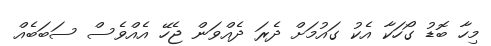
މިހާ ބޮޑު ގޯހަކާ އެކު ގައުމަށް ދެރަ ދެއްވަން ޖެހޭ އެއްވެސް ސަބަބެއް